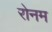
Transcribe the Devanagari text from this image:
रोनम